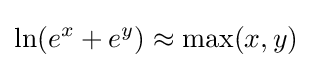
\ln(e^{x}+e^{y})\approx \max(x,y)